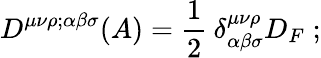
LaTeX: D^{\mu\nu\rho;\alpha\beta\sigma}(A)=\frac{1}{2}\: \delta_{\alpha\beta\sigma}^{\mu\nu\rho}D_{F}\; ;